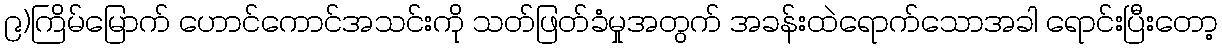
၉)ကြိမ်မြောက် ဟောင်ကောင်အသင်းကို သတ်ဖြတ်ခံမှုအတွက် အခန်းထဲရောက်သောအခါ ရောင်းပြီးတော့